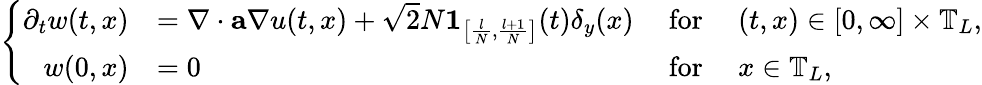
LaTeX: \left\{ \begin{array}{rlrl}{\partial_{t}w(t,x)}&{=\nabla\cdot\mathbf{a}\nabla u(t,x)+\sqrt{2}N{\boldsymbol{1}}_{\left[\frac{l}{N},\frac{l+1}{N}\right]}(t)\delta_{y}(x)}&{~\mathrm{for}~}&{(t,x)\in[0,\infty]\times\mathbb{T}_{L},}\\ {w(0,x)}&{=0}&{~\mathrm{for}~}&{x\in\mathbb{T}_{L},}\end{array}\right.